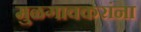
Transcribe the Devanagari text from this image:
मुळगावकरांना